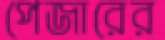
পেজারের